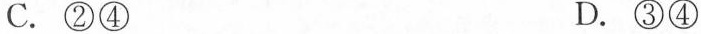
C.②④ D.③④